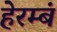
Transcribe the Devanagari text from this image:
हेरम्बं